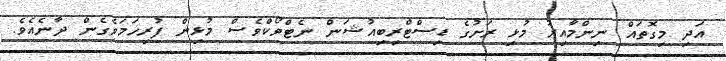
އަދި މިގޮތައް ނިންމާއިރު މުޅި ރަށުގެ ޑިސްޓްރިބިއުޝަން ނެޓްވޯކްވެސް މުޅިން ފުރިހަމަވެގެން ދާނެއެވެ.